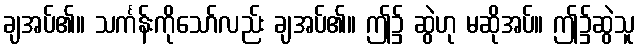
ချအပ်၏။ သင်္ကန်းကိုသော်လည်း ချအပ်၏။ ဤ၌ ဆွဲဟု မဆိုအပ်။ ဤ၌ဆွဲသူ